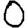
Digit: 0